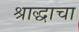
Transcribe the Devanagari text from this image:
श्राद्धाचा